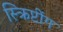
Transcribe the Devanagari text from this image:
स्क्रिप्टींग